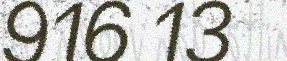
916 13